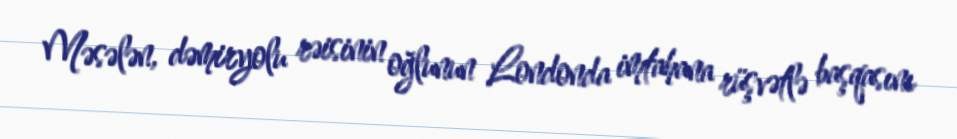
Məsələn, dəmiryolu rəisinin oğlunun Londonda imtahana rüşvətlə başqasını